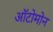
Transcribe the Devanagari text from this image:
ऑटोमोन